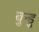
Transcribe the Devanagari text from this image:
बुन्डु